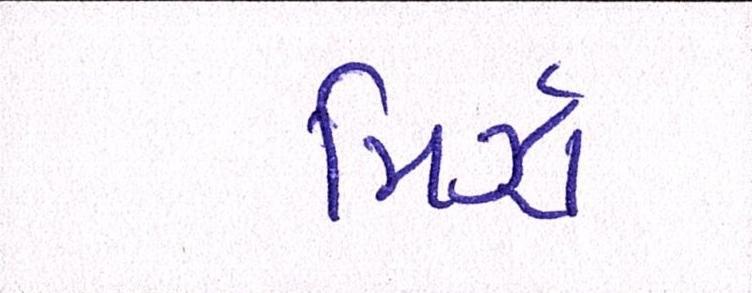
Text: મિર્ઝા